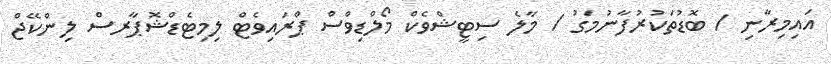
އައިމިރާނި / ބޮޑުތަކުރުފާނުމަގު / މާލެ ސިޓީޝްވެކް މޯލްޑިވްސް ޕްރައިވެޓް ލިމިޓެޑްޝޮޕާރސް ލިންކޭޖް